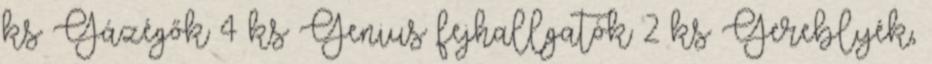
ks Gázégők 4 ks Genius fejhallgatók 2 ks Gereblyék,